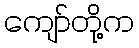
ကျော်တို့က